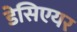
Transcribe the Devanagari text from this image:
डेसिएयर